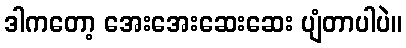
ဒါကတော့ အေးအေးဆေးဆေး ပျံတာပါပဲ။